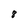
Character: 8